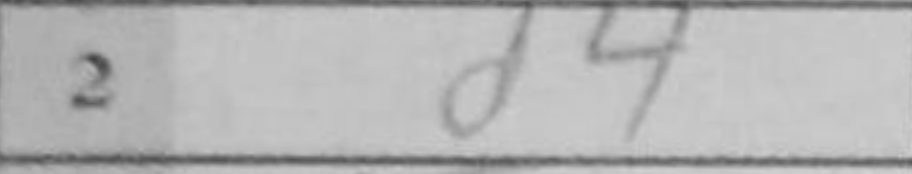
Transcription: d4